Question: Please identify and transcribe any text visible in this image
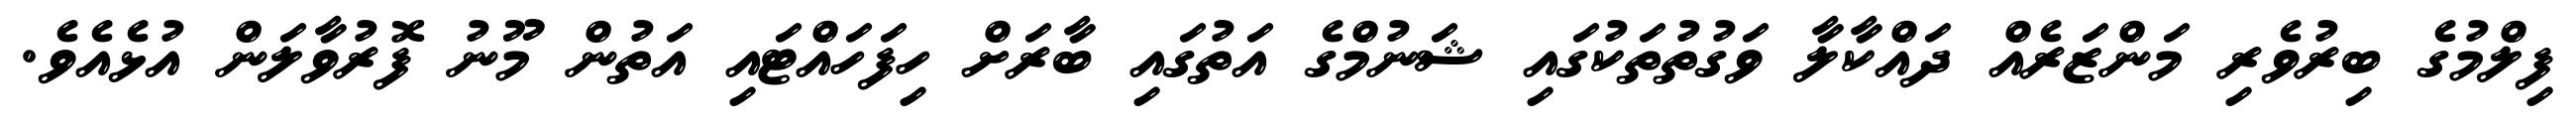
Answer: ފިލްމުގެ ބިރުވެރި މަންޒަރެއް ދައްކާލާ ވަގުތުތަކުގައި ޝަނުމްގެ އަތުގައި ބާރަށް ހިފަހައްޓައި އަތުން މޫނު ފޮރުވާލަން އުޅެއެވެ.